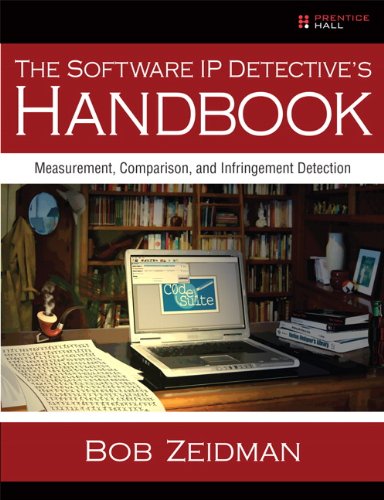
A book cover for The Software IP Detective's Handbook: Measurement, Comparison, and Infringement Detection; Bob Zeidman; Law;